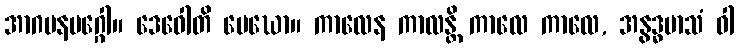
အာဂမနမဂ္ဂေါ။ ဒေဝေါတိ မေဃော။ ကာလေန ကာလန္တိ ကာလေ ကာလေ, အနွဒ္ဓမာသံ ဝါ